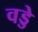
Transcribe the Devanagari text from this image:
वड्डे